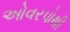
ઓવરપોથી